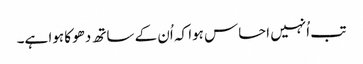
تب اُنہیں احساس ہوا کہ اُن کے ساتھ دھوکا ہوا ہے۔